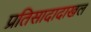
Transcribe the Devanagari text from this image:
प्रतिसादादाखल